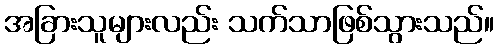
အခြားသူများလည်း သက်သာဖြစ်သွားသည်။